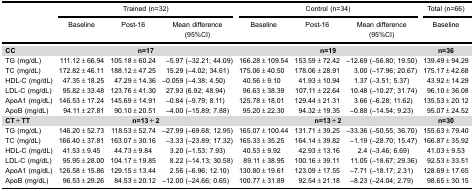
<table><thead><tr><td></td><td colspan="3"><b>Trained (n=32)</b></td><td colspan="3"><b>Control (n=34)</b></td><td><b>Total (n=66)</b></td></tr><tr><td></td><td><b>Baseline</b></td><td><b>Post-16</b></td><td><b>Mean difference (95%CI)</b></td><td><b>Baseline</b></td><td><b>Post-16</b></td><td><b>Mean difference (95%CI)</b></td><td><b>Baseline</b></td></tr></thead><tbody><tr><td><b>CC</b></td><td colspan="3"><b>n=17</b></td><td colspan="3"><b>n=19</b></td><td><b>n=36</b></td></tr><tr><td>TG (mg/dL)</td><td>111.12±66.94</td><td>105.18±60.24</td><td>−5.97 (−32.21; 44.09)</td><td>166.28±109.54</td><td>153.59±72.42</td><td>−12.69 (−56.80; 19.50)</td><td>139.49±94.29</td></tr><tr><td>TC (mg/dL)</td><td>172.82±46.11</td><td>188.12±47.25</td><td>15.29 (−4.02; 34.61)</td><td>175.06±40.50</td><td>178.06±28.91</td><td>3.00 (−17.96; 20.67)</td><td>175.17±42.68</td></tr><tr><td>HDL-C (mg/dL)</td><td>47.35±18.25</td><td>47.29±14.36</td><td>−0.059 (−4.38; 4.50)</td><td>40.56±9.10</td><td>41.93±10.94</td><td>1.37 (−3.51; 5.37)</td><td>43.92±14.29</td></tr><tr><td>LDL-C (mg/dL)</td><td>95.82±33.48</td><td>123.76±41.30</td><td>27.93 (6.92; 48.94)</td><td>96.63±38.39</td><td>107.11±22.64</td><td>10.48 (−10.27; 31.74)</td><td>96.10±36.08</td></tr><tr><td>ApoA1 (mg/dL)</td><td>146.53±17.24</td><td>145.69±14.91</td><td>−0.84 (−9.79; 8.11)</td><td>125.78±18.01</td><td>129.44±21.31</td><td>3.66 (−6.28; 11.62)</td><td>135.53±20.12</td></tr><tr><td>ApoB (mg/dL)</td><td>94.11±27.81</td><td>90.10±20.51</td><td>−4.00 (−15.89; 7.88)</td><td>95.20±22.30</td><td>94.32±19.35</td><td>−0.88 (−14.54; 9.23)</td><td>95.07±24.52</td></tr><tr><td><b>CT+TT</b></td><td colspan="3"><b>n=13+2</b></td><td colspan="3"><b>n=13+2</b></td><td><b>n=30</b></td></tr><tr><td>TG (mg/dL)</td><td>146.20±52.73</td><td>118.53±52.74</td><td>−27.99 (−69.68; 12.95)</td><td>165.07±100.44</td><td>131.71±39.25</td><td>−33.36 (−50.55; 36.70)</td><td>155.63±79.40</td></tr><tr><td>TC (mg/dL)</td><td>166.40±37.81</td><td>163.07±30.16</td><td>−3.33 (−23.89; 17.32)</td><td>165.33±35.25</td><td>164.14±39.82</td><td>−1.19 (−28.70; 15.47)</td><td>166.87±35.92</td></tr><tr><td>HDL-C (mg/dL)</td><td>41.53±9.45</td><td>44.73±9.84</td><td>3.20 (−1.53; 7.93)</td><td>40.53±9.92</td><td>42.93±13.16</td><td>2.4 (−3.46; 6.69)</td><td>41.03±9.53</td></tr><tr><td>LDL-C (mg/dL)</td><td>95.95±28.00</td><td>104.17±19.85</td><td>8.22 (−14.13; 30.58)</td><td>89.11±38.95</td><td>100.16±39.11</td><td>11.05 (−18.67; 29.36)</td><td>92.53±33.51</td></tr><tr><td>ApoA1 (mg/dL)</td><td>126.58±15.86</td><td>129.15±13.44</td><td>2.56 (−6.96; 12.10)</td><td>130.80±19.61</td><td>123.09±17.55</td><td>−7.71 (−18.17; 2.31)</td><td>128.69±17.65</td></tr><tr><td>ApoB (mg/dL)</td><td>96.53±29.26</td><td>84.53±20.12</td><td>−12.00 (−24.66; 0.65)</td><td>100.77±31.89</td><td>92.54±21.18</td><td>−8.23 (−24.04; 2.79)</td><td>98.65±30.15</td></tr></tbody></table>